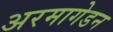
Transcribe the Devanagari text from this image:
अरमागेडन